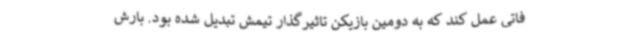
فاتی عمل کند که به دومین بازیکن تاثیرگذار تیمش تبدیل شده بود. بارش